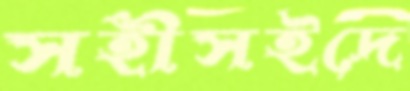
সহীসইদে